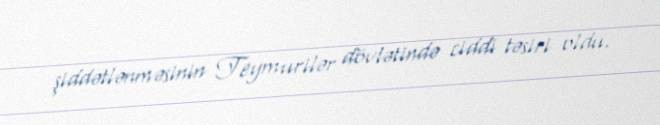
şiddətlənməsinin Teymurilər dövlətində ciddi təsiri oldu.